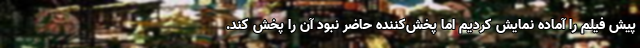
پیش فیلم را آماده نمایش کردیم اما پخش‌کننده حاضر نبود آن را پخش کند.